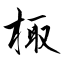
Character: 棷